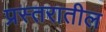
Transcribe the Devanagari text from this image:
प्रस्तरातील